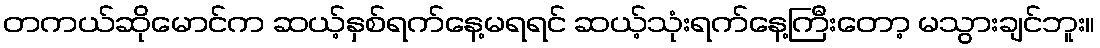
တကယ်ဆိုမောင်က ဆယ့်နှစ်ရက်နေ့မရရင် ဆယ့်သုံးရက်နေ့ကြီးတော့ မသွားချင်ဘူး။